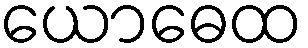
ယောဓေထ